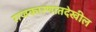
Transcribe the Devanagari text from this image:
राजकारणातदेखील